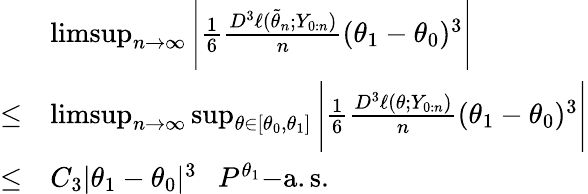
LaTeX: \begin{array}{rl}&{\operatorname*{limsup}_{n\rightarrow\infty}\Bigg\vert\frac{1}{6}\frac{D^{3}\ell(\tilde{\theta}_{n};Y_{0:n})}{n}(\theta_{1}-\theta_{0})^{3}\Bigg\vert}\\ {\leq}&{\operatorname*{limsup}_{n\rightarrow\infty}\operatorname*{sup}_{\theta\in[\theta_{0},\theta_{1}]}\Bigg\vert\frac{1}{6}\frac{D^{3}\ell(\theta;Y_{0:n})}{n}(\theta_{1}-\theta_{0})^{3}\Bigg\vert}\\ {\leq}&{C_{3}|\theta_{1}-\theta_{0}|^{3}~~~P^{\theta_{1}}\mathrm{-a.s.}}\end{array}